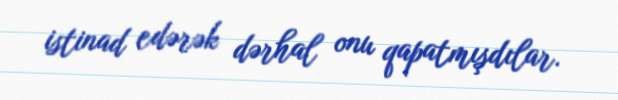
istinad edərək dərhal onu qapatmışdılar.